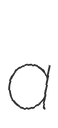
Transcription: a